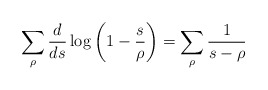
\begin{align*} \sum_\rho \frac{d}{ds}\log \left(1-\frac{s}{\rho}\right)=\sum_\rho \frac{1}{s-\rho}\end{align*}